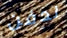
لدفن